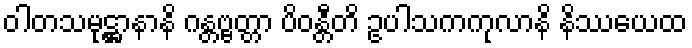
ဝါတသမုဋ္ဌာနာနိ ဂန္တဗ္ဗတ္တာ ပိဝန္တီတိ ဥပါသကကုလာနိ နိဿယေထ